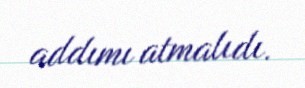
addımı atmalıdı.